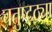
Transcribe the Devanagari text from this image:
चतुष्टठ्या